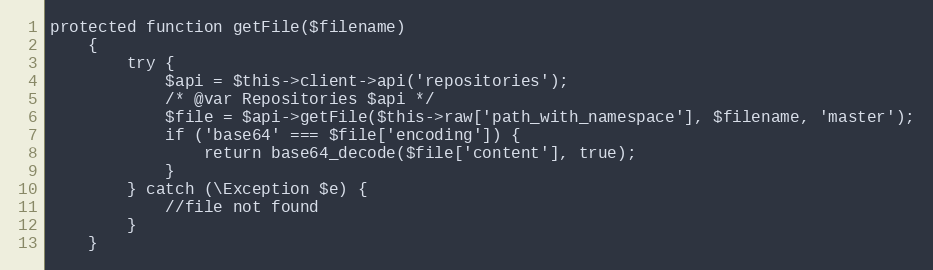
Language: PHP
protected function getFile($filename)
    {
        try {
            $api = $this->client->api('repositories');
            /* @var Repositories $api */
            $file = $api->getFile($this->raw['path_with_namespace'], $filename, 'master');
            if ('base64' === $file['encoding']) {
                return base64_decode($file['content'], true);
            }
        } catch (\Exception $e) {
            //file not found
        }
    }